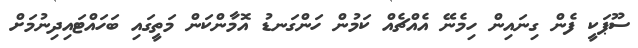
ސޫޕަކީ ފެން ގިނައިން ހިމެނޭ އެއްޗެއް ކަމުން ހަންގަނޑު އޮމާންކަން މަތީގައި ބަހައްޓައިދިނުމަށް